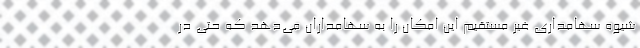
شیوه سهامداری غیر مستقیم این امکان را به سهامداران می‌دهد که حتی در